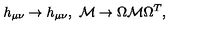
h _ { \mu \nu } \to h _ { \mu \nu } , \ { \cal M } \to \Omega { \cal M } \Omega ^ { T } ,